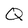
Character: Q